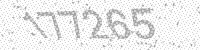
Solution: 177265